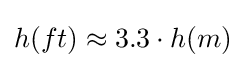
h(ft)\approx 3.3\cdot h(m)